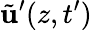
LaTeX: \tilde{\mathbf{u}}^{\prime}(z,t^{\prime})